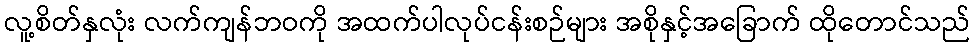
လူ့စိတ်နှလုံး လက်ကျန်ဘဝကို အထက်ပါလုပ်ငန်းစဉ်များ အစိုနှင့်အခြောက် ထိုတောင်သည်